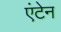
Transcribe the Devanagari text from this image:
एंटेन